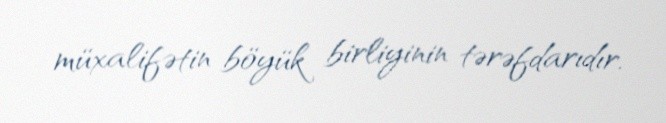
müxalifətin böyük birliyinin tərəfdarıdır.